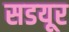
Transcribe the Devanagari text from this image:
सडयूर